Vaccine operations Central Provinces 1886-1899 - 1886-1899
Year: 1886
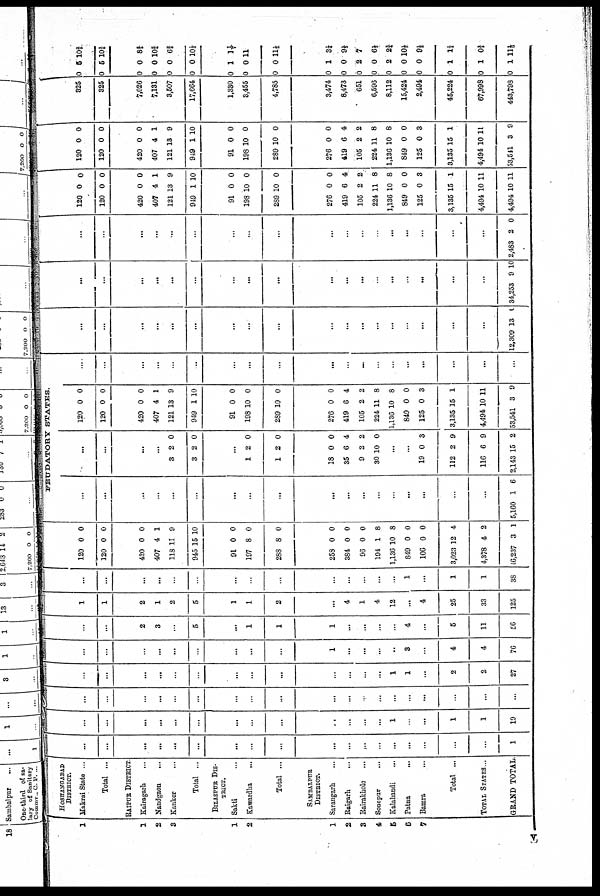
1
1
2
3
1
2
1
2
3
4
5
6
7
HOSHANGABAD
DISTRICT.
Makrai State ...
Total ...
RAIPUR DISTRICT
Kairagarh
...
Nandgaon
...
Kanker
...
Total ...
BILASPUR DIS-
TRICT.
Sakti ...
Kawardha
...
Total ...
SAMBALPUR
DISTRICT.
Sarangarh ...
Raigarh ...
Rairakkole ...
Sonepur
...
Kalahandi ...
Patna
...
Bamra ...
Total ...
TOTAL STATES...
GRAND TOTAL
...
...
...
...
...
...
...
...
...
...
...
...
...
...
...
...
...
...
1
...
...
...
...
...
...
...
...
...
...
...
...
...
1
...
...
1
1
19
...
...
...
...
...
...
...
...
...
...
...
...
...
...
...
...
...
...
...
...
...
...
...
...
...
...
...
...
...
...
...
...
1
1
...
2
2
27
...
...
...
...
...
...
...
...
...
1
...
...
...
..
3
...
4
4
76
...
...
2
3
...
5
...
1
1
1
...
...
...
...
4
...
6
11
56
1
1
2
1
2
5
1
1
2
...
4
1
4
12
...
4
25
33
125
...
...
...
...
...
...
...
...
...
...
...
...
...
...
1
...
1
1
38
120
120
0
0
0
0
420
407
118
945
0
4
11
15
0
1
9
10
91
197
288
0
8
8
0
0
0
258
384
96
194
1,136
849
106
3,023
4,378
46,235
0
0
0
1
10
0
0
12
4
3
0
0
0
8
8
0
0
4
2
1
FEUDATORY STATES.
...
...
...
...
...
...
...
...
...
...
...
...
...
...
...
...
...
...
5,160 1 6
...
...
...
...
3
3
2
2
0
0
...
1
1
2
2
0
0
18
35
9
30
0
6
2
10
0
4
2
0
...
...
19
112
116
2,143
0
2
6
15
3
9
9
2
120
120
0
0
0
0
420
407
121
949
0
4
13
1
0
1
9
10
91
198
289
0
10
10
0
0
0
276
419
105
224
1,136
849
125
3,135
4,494
53,541
0
6
2
11
10
0
0
15
10
3
0
4
2
8
8
0
3
1
11
9
...
...
...
...
...
..
...
...
...
...
...
...
...
...
...
...
...
...
...
...
...
...
...
...
...
...
...
...
...
...
...
...
...
...
...
...
...
12,309 13 0
...
...
...
...
...
...
...
...
...
...
...
...
...
...
. ..
...
...
...
34,253 9 10
...
...
...
...
...
...
...
...
...
...
...
...
...
...
...
...
...
...
2,483 2 0
120
120
0
0
0
0
420
407
121
949
0
4
13
1
0
1
9
10
91
198
289
0
10
10
0
0
0
276
419
105
224
1,136
849
125
3,135
4,494
4,494
0
6
2
11
10
0
0
15
10
10
0
4
2
8
8
0
3
1
11
11
120
120
0
0
0
0
420
407
121
949
0
4
13
1
0
1
9
10
91
198
289
0
10
10
0
0
0
276
419
105
224
1,136
849
125
3,135
4,494
53,511
0
6
2
11
10
0
0
15
10
3
0
4
2
8
8
0
3
1
11
9
325
325
7,026
7,131
3,507
17,664
1,330
3,455
4,785
3,474
8,473
651
6,596
8,112
15,424
2,494
45,224
67,998
443,798
0
0
5
6
10 2/3
10 2/3
0
0
0
0
0
0
0
0
0
0
0
1
0
0
8 2/3
10¾
6 2/3
10 1/3
1 1/7
11
11 ½
0
0
0
0
0
0
0
0
0
0
1
0
2
0
2
0
0
1
1
1
3¼
9½
7
6½
2¾
10½
9½
1 1/3
0 2/3
11 1/6
v